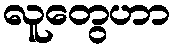
လူတွေဟာ